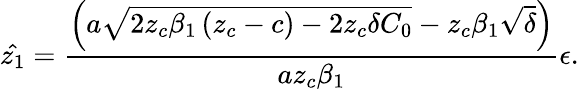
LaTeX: \hat{z_{1}}=\frac{\left(a\sqrt{2z_{c}\beta_{1}\left(z_{c}-c\right)-2z_{c}\delta C_{0}}-z_{c}\beta_{1}\sqrt{\delta}\right)}{az_{c}\beta_{1}}\epsilon.